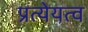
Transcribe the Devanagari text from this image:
प्रत्येयत्व